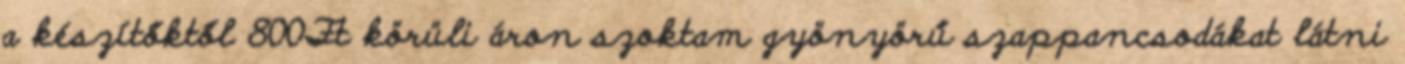
a készítőktől 800Ft körüli áron szoktam gyönyörű szappancsodákat látni